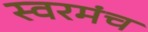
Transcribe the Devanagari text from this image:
स्वरमंच